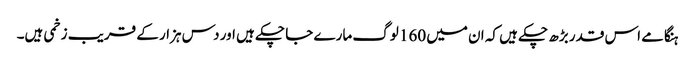
ہنگامے اس قدر بڑھ چکے ہیں کہ ان میں 160 لوگ مارے جا چکے ہیں اور دس ہزار کے قریب زخمی ہیں۔